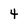
Character: 4